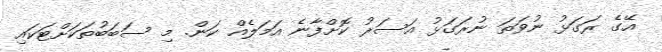
އޭގެ ރަގަޅު ނުވަތަ ނުރަގަޅު އަސަރު ކޮށްފާނެ އަމަލެއް ކަން. މި ސަބަބުތަކަށްޓަކައި